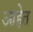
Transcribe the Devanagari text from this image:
आहेेत